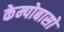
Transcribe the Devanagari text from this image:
केम्पोबासो